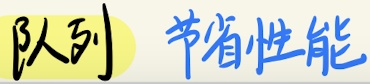
队列 节省性能